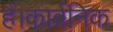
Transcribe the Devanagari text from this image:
हैं।कार्बनिक